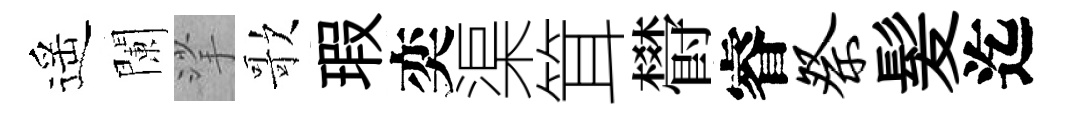
遥闌挲歌瑕奕渠䇯欎睿祭髪迄